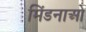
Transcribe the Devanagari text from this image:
मिंडनाओ